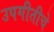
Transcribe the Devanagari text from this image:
उपगीतीचे